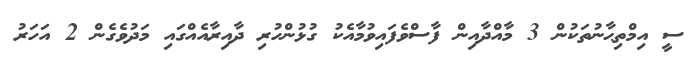
ސީ އިމްތިޙާނުތަކުން 3 މާއްދާއިން ފާސްވެފައިވުމާއެކު ގުޅުންހުރި ދާއިރާއެއްގައި މަދުވެގެން 2 އަހަރު